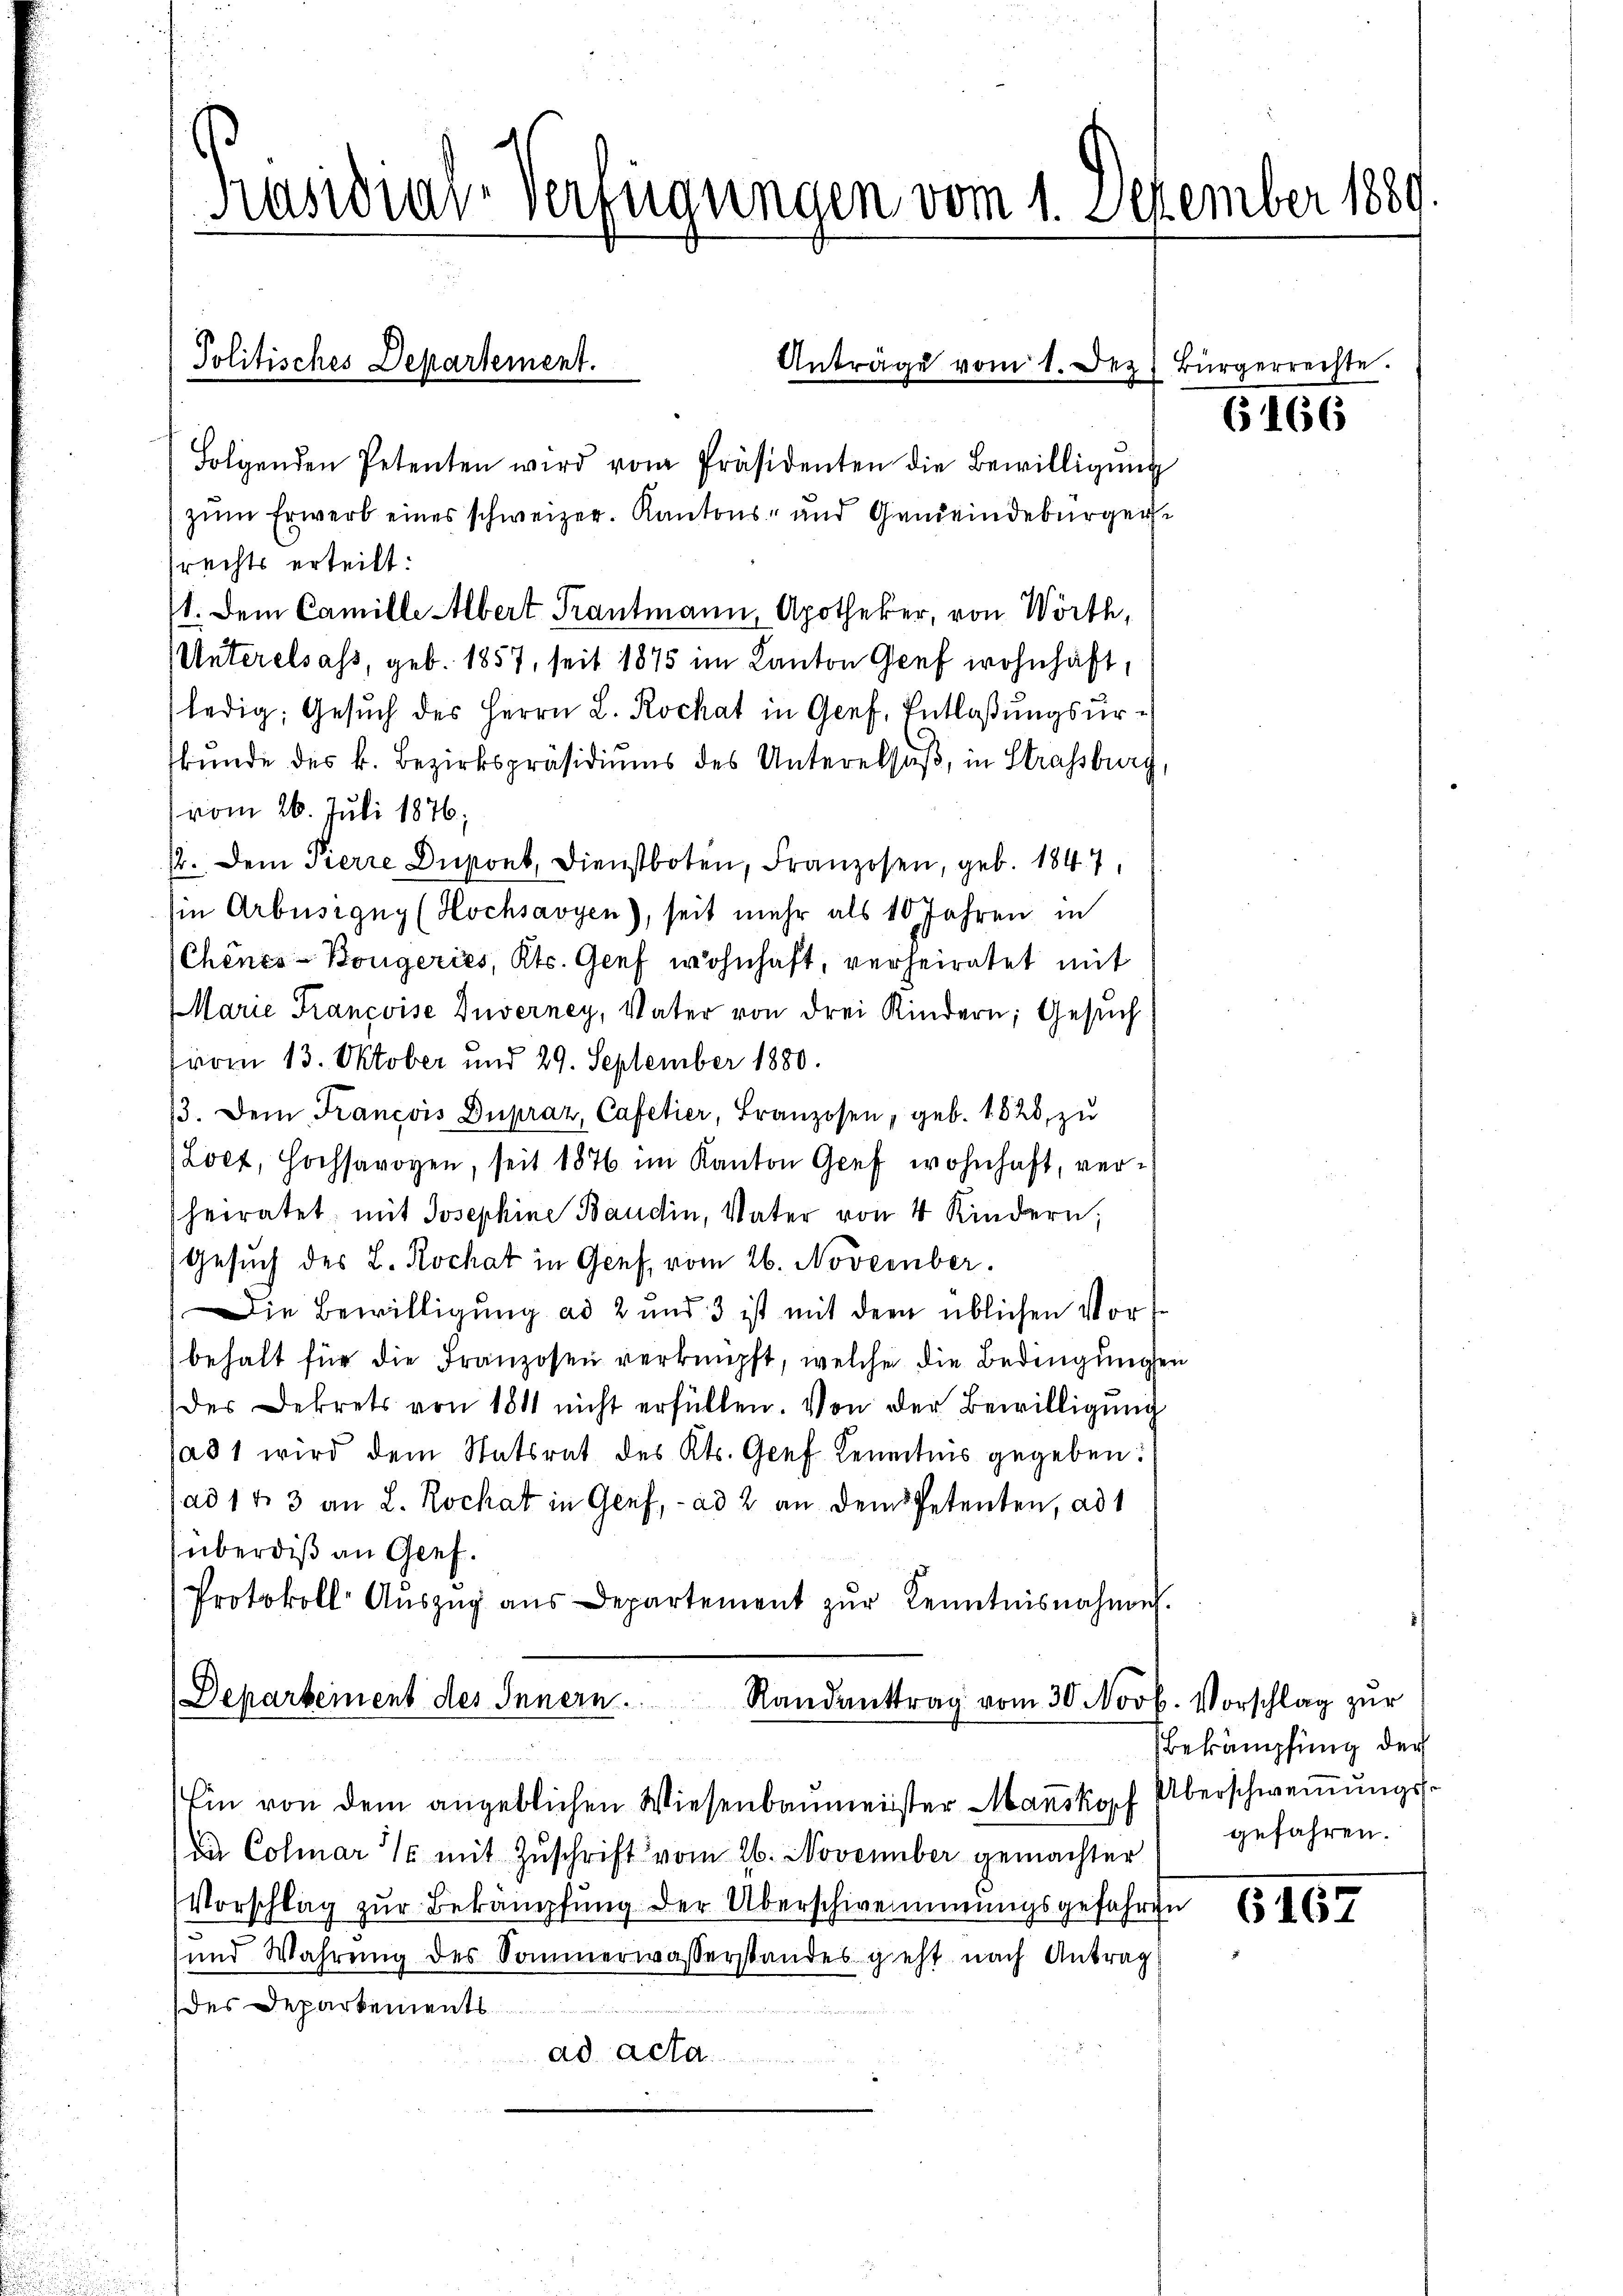
Kasidiar-Verfügungen vom 1. Dezember 188

Politisches Departement.

Folgenden Petenten wird vom Präsidenten die Bewilligŭng
zŭm Erwerb eines schweizer. Kantons- und Gemeindebürger
rechts erteilt:
1. Dem Camille Albert Trautmann, Apotheker, von Wörth,
Unterelsass, geb. 1857, seit 1875 im Kanton Genf wohnhaft,
ledig, Gesuch des Herrn L. Rochat in Genf, Entlaßungsurbŭnde des k. Bezirkspräsidiŭms des Unterelsaß, in Strassburg,
(vom 26. Juli 1876;
12. Dem Pierre Dupont, Dienstboten, Franzosen, geb. 1847,
sie Arbüsigny (Hochsavyen), seit mehr als 10 Jahren in
Chines-Bougeries, Kts. Genf wohnhaft, verheiratet mit
Marie Francoise Zuverney, Vater von drei Kindern; Gesuch
vom 13. Oktober und 29. September 1880.
13. Dem Francois Dupraz, Cafetier, Franzosen, geb. 1828, zu
Loct, Hochsavoyen, seit 1876 im Kanton Graf wohnhaft, verheiratet, mit Josephine Baudin, Vater von 4 Kindern;
Gesuch des L. Rochat in Genf, vom 26. November.
Die Bewilligung ad 2 und 3 ist mit dem üblichen Vorbehalt für die Franzosen verknüpft, welche die Bedingŭngen
der Dekrets von 1811 nicht erfüllen. Von der Bewilligung
a81 wird dem Statsrat des Kts. Graf Kenntnis gegeben:
ad 1 t 3 an L. Rochat in Genf, - ad 2 an dem Petenten, ad 1
überdiß an Gief.
Protokoll Auszug aus Departement zur Kenntnisnahme.
Departement des Innern. Randanttrag vom 30. Novb. Vorschlag zŭr

Anträg

mn 1. Dez

Ein von dem angeblichen Wiesenbaumeister Manskopf

Bürger

Di Colmar mit Zŭschrift vom 26. November gemachter
Vorschlag zŭr Bekämpfung der Überschwemmungsgefahren
und Wahrŭng des Sommerwasserstandes geht nach Antrag
des Departements
e
ad acta.

(166

Bekämpfung der
Überschwemmungsgefahren.

6167

echte.